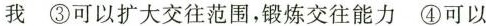
我 ③可以扩大交往范围，锻炼交往能力④可以